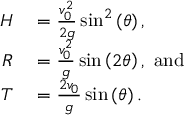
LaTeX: \begin{array} { r l } { H } & { { } = { \frac { v _ { 0 } ^ { 2 } } { 2 g } } \sin ^ { 2 } \left( \theta \right) , } \\ { R } & { { } = { \frac { v _ { 0 } ^ { 2 } } { g } } \sin \left( 2 \theta \right) , ~ { \mathrm { a n d } } } \\ { T } & { { } = { \frac { 2 v _ { 0 } } { g } } \sin \left( \theta \right) . } \end{array}